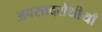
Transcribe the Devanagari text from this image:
अवसादरोधीयाँ